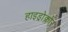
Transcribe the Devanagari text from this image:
हाइड्रोक्लोर